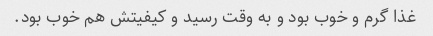
غذا گرم و خوب بود و به وقت رسید و کیفیتش هم خوب بود.